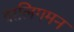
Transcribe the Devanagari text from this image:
वालिगमन